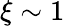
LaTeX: \xi\sim 1